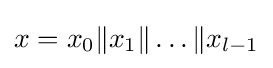
x=x_{0}\|x_{1}\|\ldots \|x_{l-1}